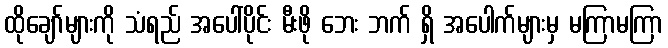
ထိုချော်များကို သံရည် အပေါ်ပိုင်း မီးဖို ဘေး ဘက် ရှိ အပေါက်များမှ မကြာမကြာ